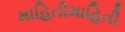
માહિતીમાહિતી